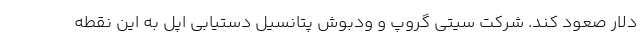
دلار صعود کند. شرکت سیتی گروپ و ودبوش پتانسیل دستیابی اپل به این نقطه